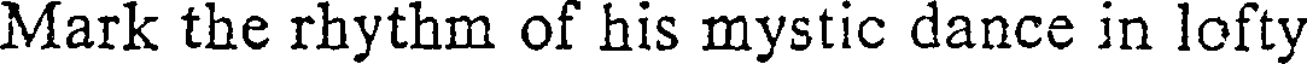
Mark the rhythm of his mystic dance in lofty